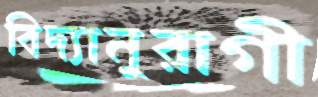
বিদ্যানুরাগী